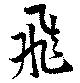
飛